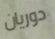
دوريان